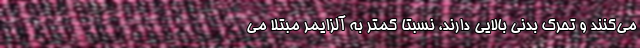
می‌کنند و تحرک بدنی بالایی دارند، نسبتاً کمتر به آلزایمر مبتلا می